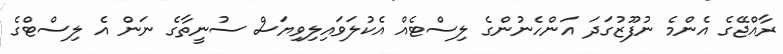
ރާއްޖޭގެ އެންމެ ނުފޫޒުގަދަ އަންހެނުންގެ ލިސްޓެއް އެކުލަވައިލިވިޔަސް ސުނީތާގެ ނަން އެ ލިސްޓްގެ